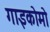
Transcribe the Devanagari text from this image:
गाइकोमो